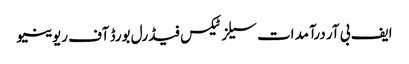
ایف بی آر درآمدات سیلز ٹیکس فیڈرل بورڈ آف ریوینیو